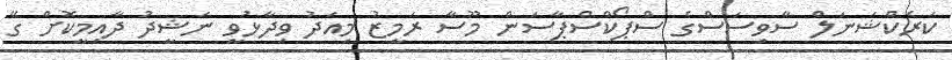
ކަރެކްޝަނަލް ސާވިސަސްގެ ސްޕޯކްސްޕާސަން މޫސާ ރަމީޒު މިއަދު ވިދާޅުވީ ނަޝީދު ދާއިމީކޮށް ގޭ